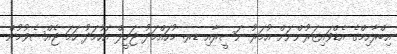
އިބްރާހިމްގެ އެޑްވައިޒަރުންނަށް އުމަރު ނަސީރާއި ޑރ. މުހައްމަދު ޖަމީލް އަހުމަދު ހަމަ ޖެއްސެވުމުން